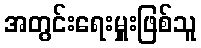
အတွင်းရေးမှူးဖြစ်သူ